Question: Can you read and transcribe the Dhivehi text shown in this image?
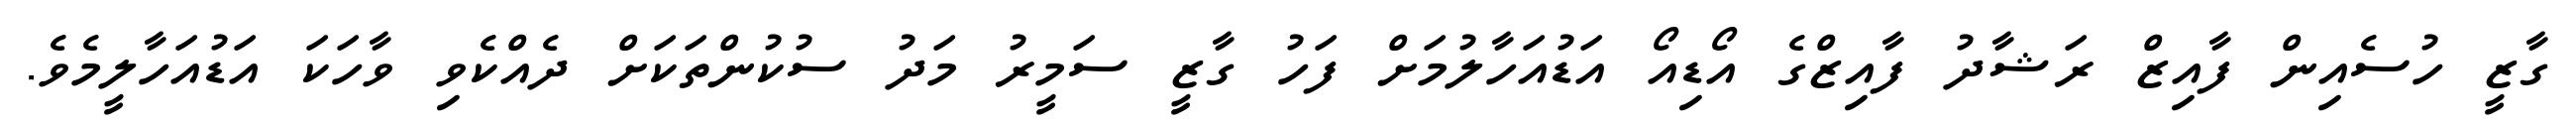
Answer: ގާޒީ ހުސެއިން ފާއިޒް ރަޝާދު ފާއިޒްގެ އޯޑިއޯ އަޑުއަހާލުމަށް ފަހު ގާޒީ ސަމީރު މަދު ސުކުންތަކަށް ދެއްކެވި ވާހަކަ އަޑުއަހާލީމެވެ.